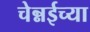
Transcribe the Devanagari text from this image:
चेन्नईच्‍या